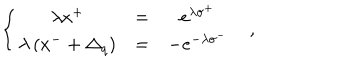
\left\{ \begin{array} { c c c } { { \lambda x ^ { + } } } & { { = } } & { { e ^ { \lambda \sigma ^ { + } } } } \\ { { \lambda \left( x ^ { - } + \Delta _ { q } \right) } } & { { = } } & { { - e ^ { - \lambda \sigma ^ { - } } } } \\ \end{array} , \right.